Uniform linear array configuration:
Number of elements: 8
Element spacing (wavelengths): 1
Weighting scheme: cosine
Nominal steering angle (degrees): -15
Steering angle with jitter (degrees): -13.679
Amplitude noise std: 0.05
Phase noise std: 0.05

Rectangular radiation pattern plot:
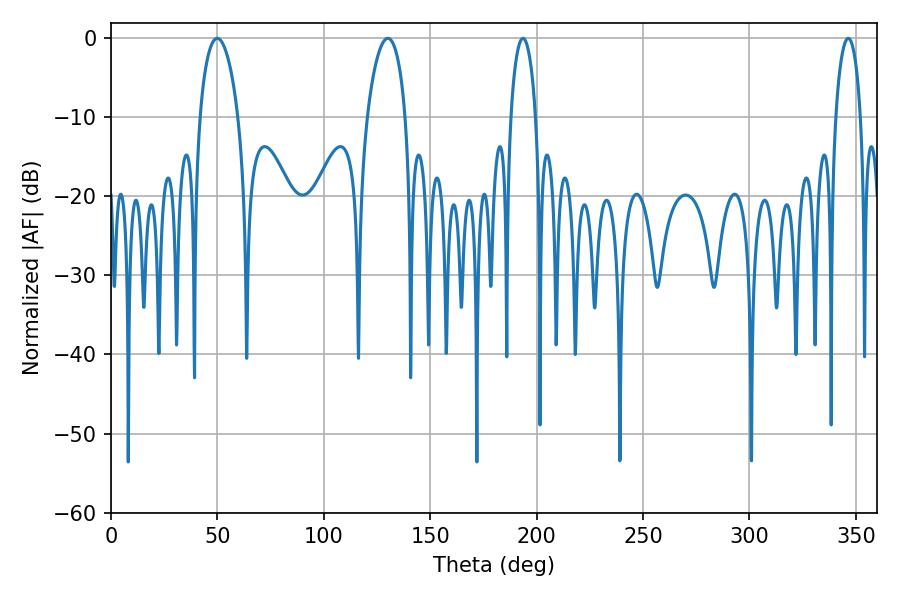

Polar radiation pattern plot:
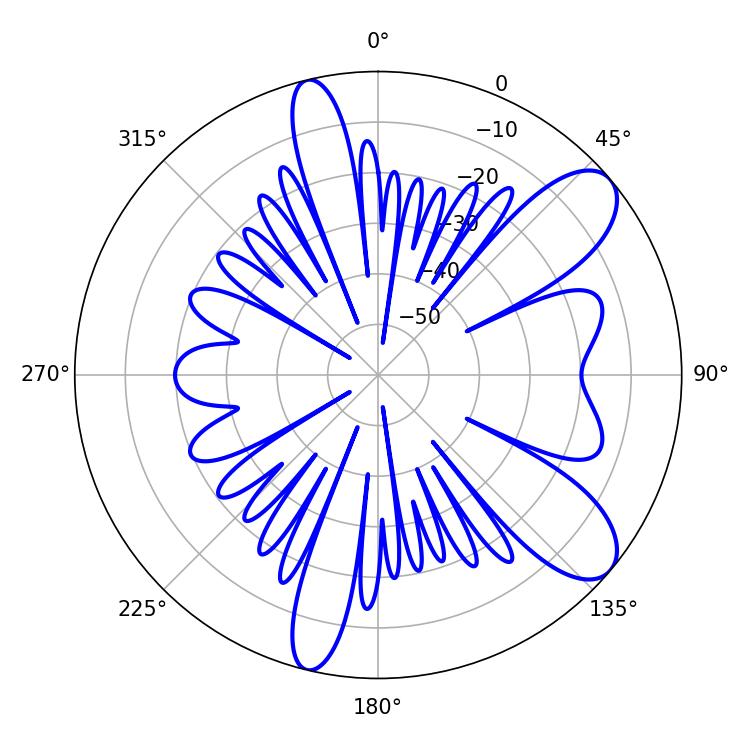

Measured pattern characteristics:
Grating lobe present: TRUE
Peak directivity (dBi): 9.15
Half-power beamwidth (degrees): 10.26
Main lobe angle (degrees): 49.86